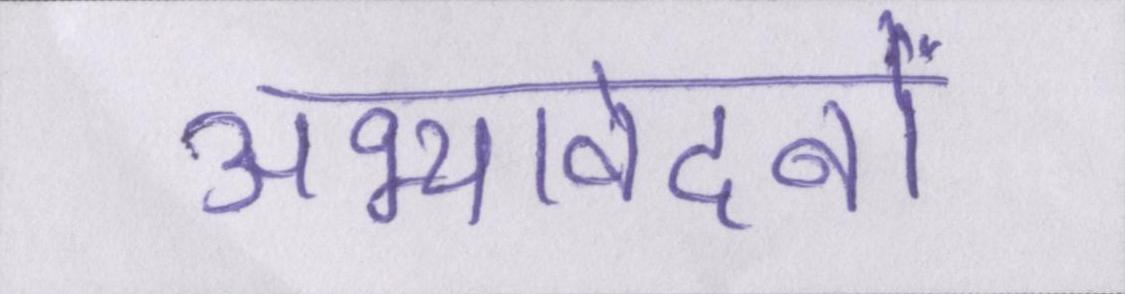
अभ्यावेदनों